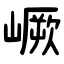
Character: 嶥